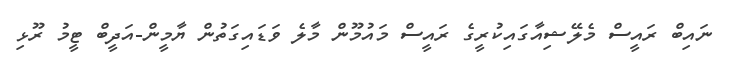
ނައިބް ރައީސް މެލޭޝިއާގައިކުރީގެ ރައީސް މައުމޫން މާލެ ވަޑައިގަތުން ޔާމީން-އަދީބް ޓީމު ރޫޅި